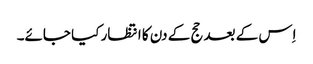
اِس کے بعد حج کے دن کا انتظار کیا جائے۔